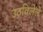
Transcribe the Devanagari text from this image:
उठविलेले